Vaccination in the Punjab 1919-1929 - 1919-1929
Year: 1919
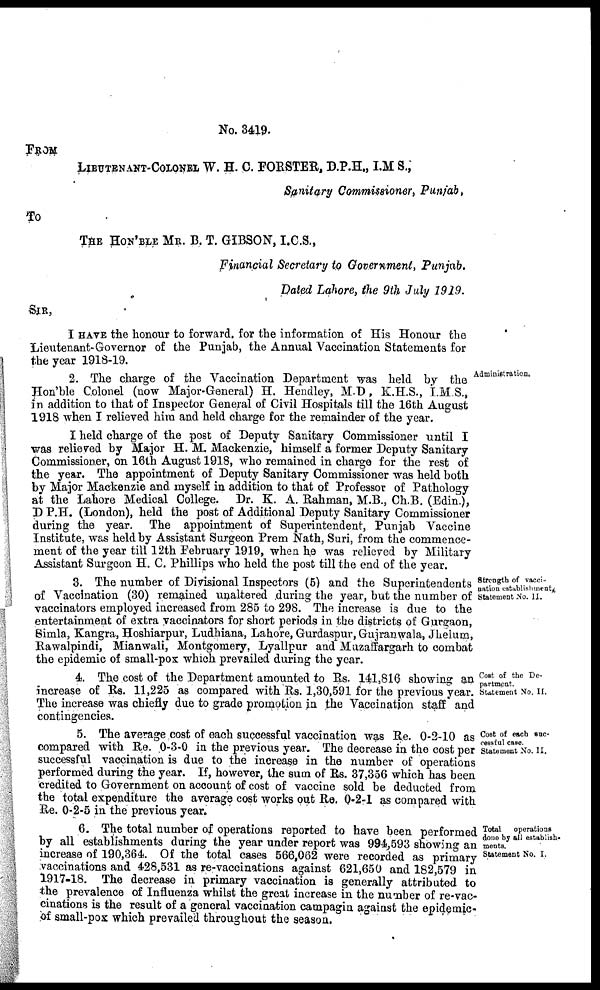
No. 3419.
FROM
LIEUTENANT-COLONEL W. H. C. FORSTER, D.P.H., I.M S.,
Sanitary Commissioner, Punjab,
To
THE HON'BLE MR. B. T. GIBSON, I.C.S.,
Financial Secretary to Government, Punjab.
Dated Lahore, the 9th July 1919.
SIR,
I HAVE the honour to forward. for the information of His Honour the
Lieutenant-Governor of the Punjab, the Annual Vaccination Statements for
the year 1918-19.
Administration.
2. The charge of the Vaccination Department was held by the
Hon'ble Colonel (now Major-General) H. Hendley, M.D, K.H.S., I.M S.,
in addition to that of Inspector General of Civil Hospitals till the 16th August
1918 when I relieved him and held charge for the remainder of the year.
I held charge of the post of Deputy Sanitary Commissioner until I
was relieved by Major H. M. Mackenzie, himself a former Deputy Sanitary
Commissioner, on 16th August 1918, who remained in charge for the rest of
the year. The appointment of Deputy Sanitary Commissioner was held both
by Major Mackenzie and myself in addition to that of Professor of Pathology
at the Lahore Medical College. Dr. K. A. Rahman, M.B., Ch.B. (Edin.),
D P.H. (London), held the post of Additional Deputy Sanitary Commissioner
during the year. The appointment of Superintendent, Punjab Vaccine
Institute, was held by Assistant Surgeon Prem Nath, Suri, from the commence-
ment of the year till 12th February 1919, when he was relieved by Military
Assistant Surgeon H. C. Phillips who held the post till the end of the year.
Strength of vacci-
nation establishment
Statement No. 11.
3. The number of Divisional Inspectors (5) and the Superintendents
of Vaccination (30) remained unaltered during the year, but the number of
vaccinators employed increased from 285 to 298. The increase is due to the
entertainment of extra vaccinators for short periods in the districts of Gurgaon,
Simla, Kangra, Hoshiarpur, Ludhiana, Lahore, Gurdaspur, Gujranwala, Jhelum,
Rawalpindi, Mianwali, Montgomery, Lyallpur and Muzaffargarh to combat
the epidemic of small-pox which prevailed during the year.
Cost of the De-
partment.
Statement No. II.
4. The cost of the Department amounted to Rs. 141,816 showing an
increase of Rs. 11,225 as compared with Rs. 1,30,591 for the previous year.
The increase was chiefly due to grade promotion in the Vaccination staff and
contingencies.
Cost of each suc-
cessful case.
Statement No. II.
5. The average cost of each successful vaccination was Re. 0-2-10 as
compared with Re. 0-3-0 in the previous year. The decrease in the cost per
successful vaccination is due to the increase in the number of operations
performed during the year. If, however, the sum of Rs. 37,356 which has been
credited to Government on account of cost of vaccine sold be deducted from
the total expenditure the average cost works out Re. 0-2-1 as compared with
Re. 0-2-5 in the previous year.
Total
operations
done by all establish-
ments.
Statement No. I.
6. The total number of operations reported to have been performed
by all establishments during the year under report was 994,593 showing an
increase of 190,364. Of the total cases 566,062 were recorded as primary
vaccinations and 428,531 as re-vaccinations against 621,650 and 182,579 in
1917-18. The decrease in primary vaccination is generally attributed to
the prevalence of Influenza whilst the great increase in the number of re-vac-
cinations is the result of a general vaccination campagin against the epidemic-
of small-pox which prevailed throughout the season.